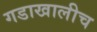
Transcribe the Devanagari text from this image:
गडाखालीच